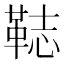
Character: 𩊴